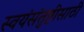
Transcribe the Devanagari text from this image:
स्वयंसंतुष्टीसाठी